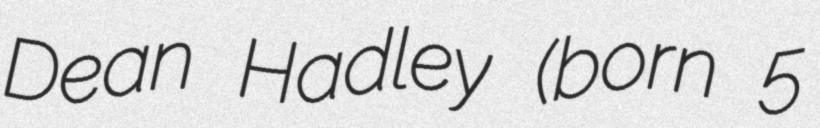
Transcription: Dean Hadley (born 5